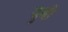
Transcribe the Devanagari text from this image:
युबी